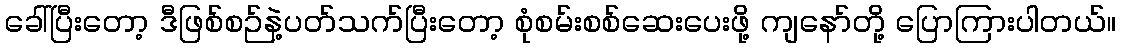
ခေါ်ပြီးတော့ ဒီဖြစ်စဉ်နဲ့ပတ်သက်ပြီးတော့ စုံစမ်းစစ်ဆေးပေးဖို့ ကျနော်တို့ ပြောကြားပါတယ်။